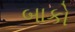
બાકો